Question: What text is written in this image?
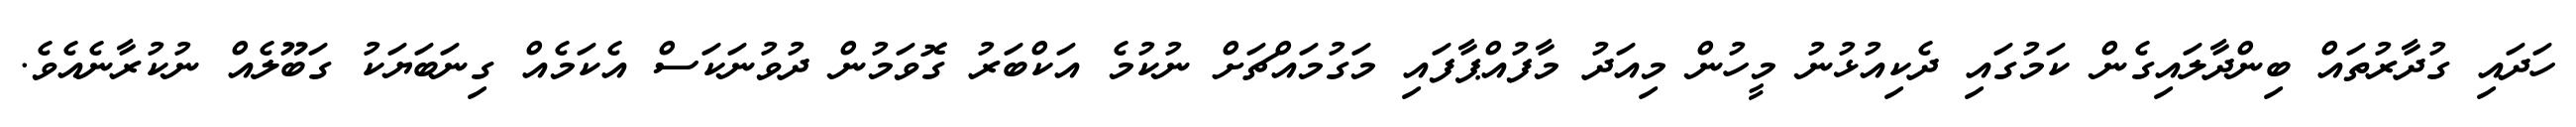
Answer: ހަދައި ގުދާރުތައް ބިންދާލައިގެން ކަމުގައި ދެކިއުޅުނު މީހުން މިއަދު މާފުއްޕާފައި މަގުމައްޗަށް ނުކުމެ އަކްބަރު ގޮވަމުން ދުވުނަކަސް އެކަމެއް ގިނަބަޔަކު ގަބޫލެއް ނުކުރާނެއެވެ.